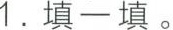
1.填一填。